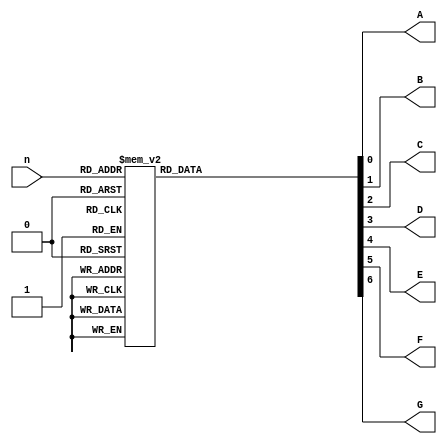
module displaydecoder(
input [3:0]n,
output reg A,
output reg B,
output reg C,
output reg D,
output reg E,
output reg F,
output reg G
);



always@(n) begin


	case (n) 
		
		0:begin 
			A<=0;
			B<=0;
			C<=0;
			D<=0;
			E<=0;
			F<=0;
			G<=1;
		end
		1: begin 
			A<=1;
			B<=0;
			C<=0;
			D<=1;
			E<=1;
			F<=1;
			G<=1;
		end
		2:begin 
			A<=0;
			B<=0;
			C<=1;
			D<=0;
			E<=0;
			F<=1;
			G<=0;
		end
		3:begin 
			A<=0;
			B<=0;
			C<=0;
			D<=0;
			E<=1;
			F<=1;
			G<=0;
		end
		4:begin 
			A<=1;
			B<=0;
			C<=0;
			D<=1;
			E<=1;
			F<=0;
			G<=0;
		end
		5:begin 
			A<=0;
			B<=1;
			C<=0;
			D<=0;
			E<=1;
			F<=0;
			G<=0;
		end
		6:begin 
			A<=0;
			B<=1;
			C<=0;
			D<=0;
			E<=0;
			F<=0;
			G<=0;
		end
		7:begin 
			A<=0;
			B<=0;
			C<=0;
			D<=1;
			E<=1;
			F<=1;
			G<=1;
		end
		8:begin 
			A<=0;
			B<=0;
			C<=0;
			D<=0;
			E<=0;
			F<=0;
			G<=0;
		end
		9:begin 
			A<=0;
			B<=0;
			C<=0;
			D<=1;
			E<=1;
			F<=0;
			G<=0;
		end
		10:begin 
			A<=0;
			B<=0;
			C<=0;
			D<=1;
			E<=0;
			F<=0;
			G<=0;
		end
		11:begin 
			A<=1;
			B<=1;
			C<=0;
			D<=0;
			E<=0;
			F<=0;
			G<=0;
		end
		12:begin 
			A<=0;
			B<=1;
			C<=1;
			D<=0;
			E<=0;
			F<=0;
			G<=1;
		end
		13:begin 
			A<=1;
			B<=0;
			C<=0;
			D<=0;
			E<=0;
			F<=1;
			G<=0;
		end
		14:begin 
			A<=0;
			B<=1;
			C<=1;
			D<=0;
			E<=0;
			F<=0;
			G<=0;
		end
		15:begin 
			A<=0;
			B<=1;
			C<=1;
			D<=1;
			E<=0;
			F<=0;
			G<=0;
		end

		default: begin
		 
			A<=1;
			B<=1;
			C<=1;
			D<=1;
			E<=1;
			F<=1;
			G<=1;
		
		
		end




	endcase
end


endmodule